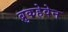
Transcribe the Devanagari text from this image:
ब्रुकहेवेन